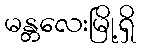
မန္တလေးမြို့ရှိ